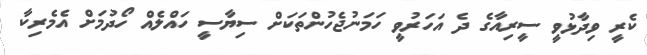
ކެރީ ވިދާޅުވީ ސީރިއާގެ ދެ އަހަރުވީ ހަމަނުޖެހުންތަކަށް ސިޔާސީ ހައްލެއް ހޯދުމަށް އެމެރިކާ